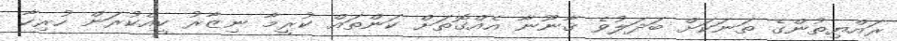
ރައްޔިތުންގެ ތަނަކަށް ބަދަލުވެ ޤާނޫނާ އެއްގޮތަށް ކަންތައް ކުރީމާ ނިޒާރު ކީއްކުރަން ހުރިހާ